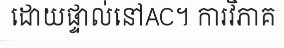
ដោយផ្ទាល់នៅAC។ ការវិភាគ